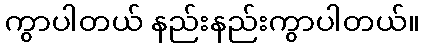
ကွာပါတယ် နည်းနည်းကွာပါတယ်။